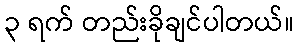
၃ ရက် တည်းခိုချင်ပါတယ်။